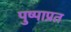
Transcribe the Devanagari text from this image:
पुष्पाप्रत